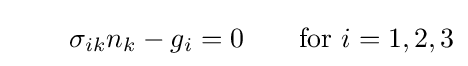
\qquad \sigma _{ik}n_{k}-g_{i}=0\qquad {\text{for }}i=1,2,3